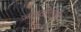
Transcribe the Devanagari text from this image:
जाइलोनाइट